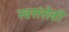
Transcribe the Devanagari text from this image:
स्वसंसेवी